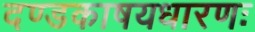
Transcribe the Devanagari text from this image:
दण्डकाषयधारणः